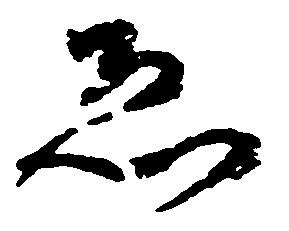
ゑ